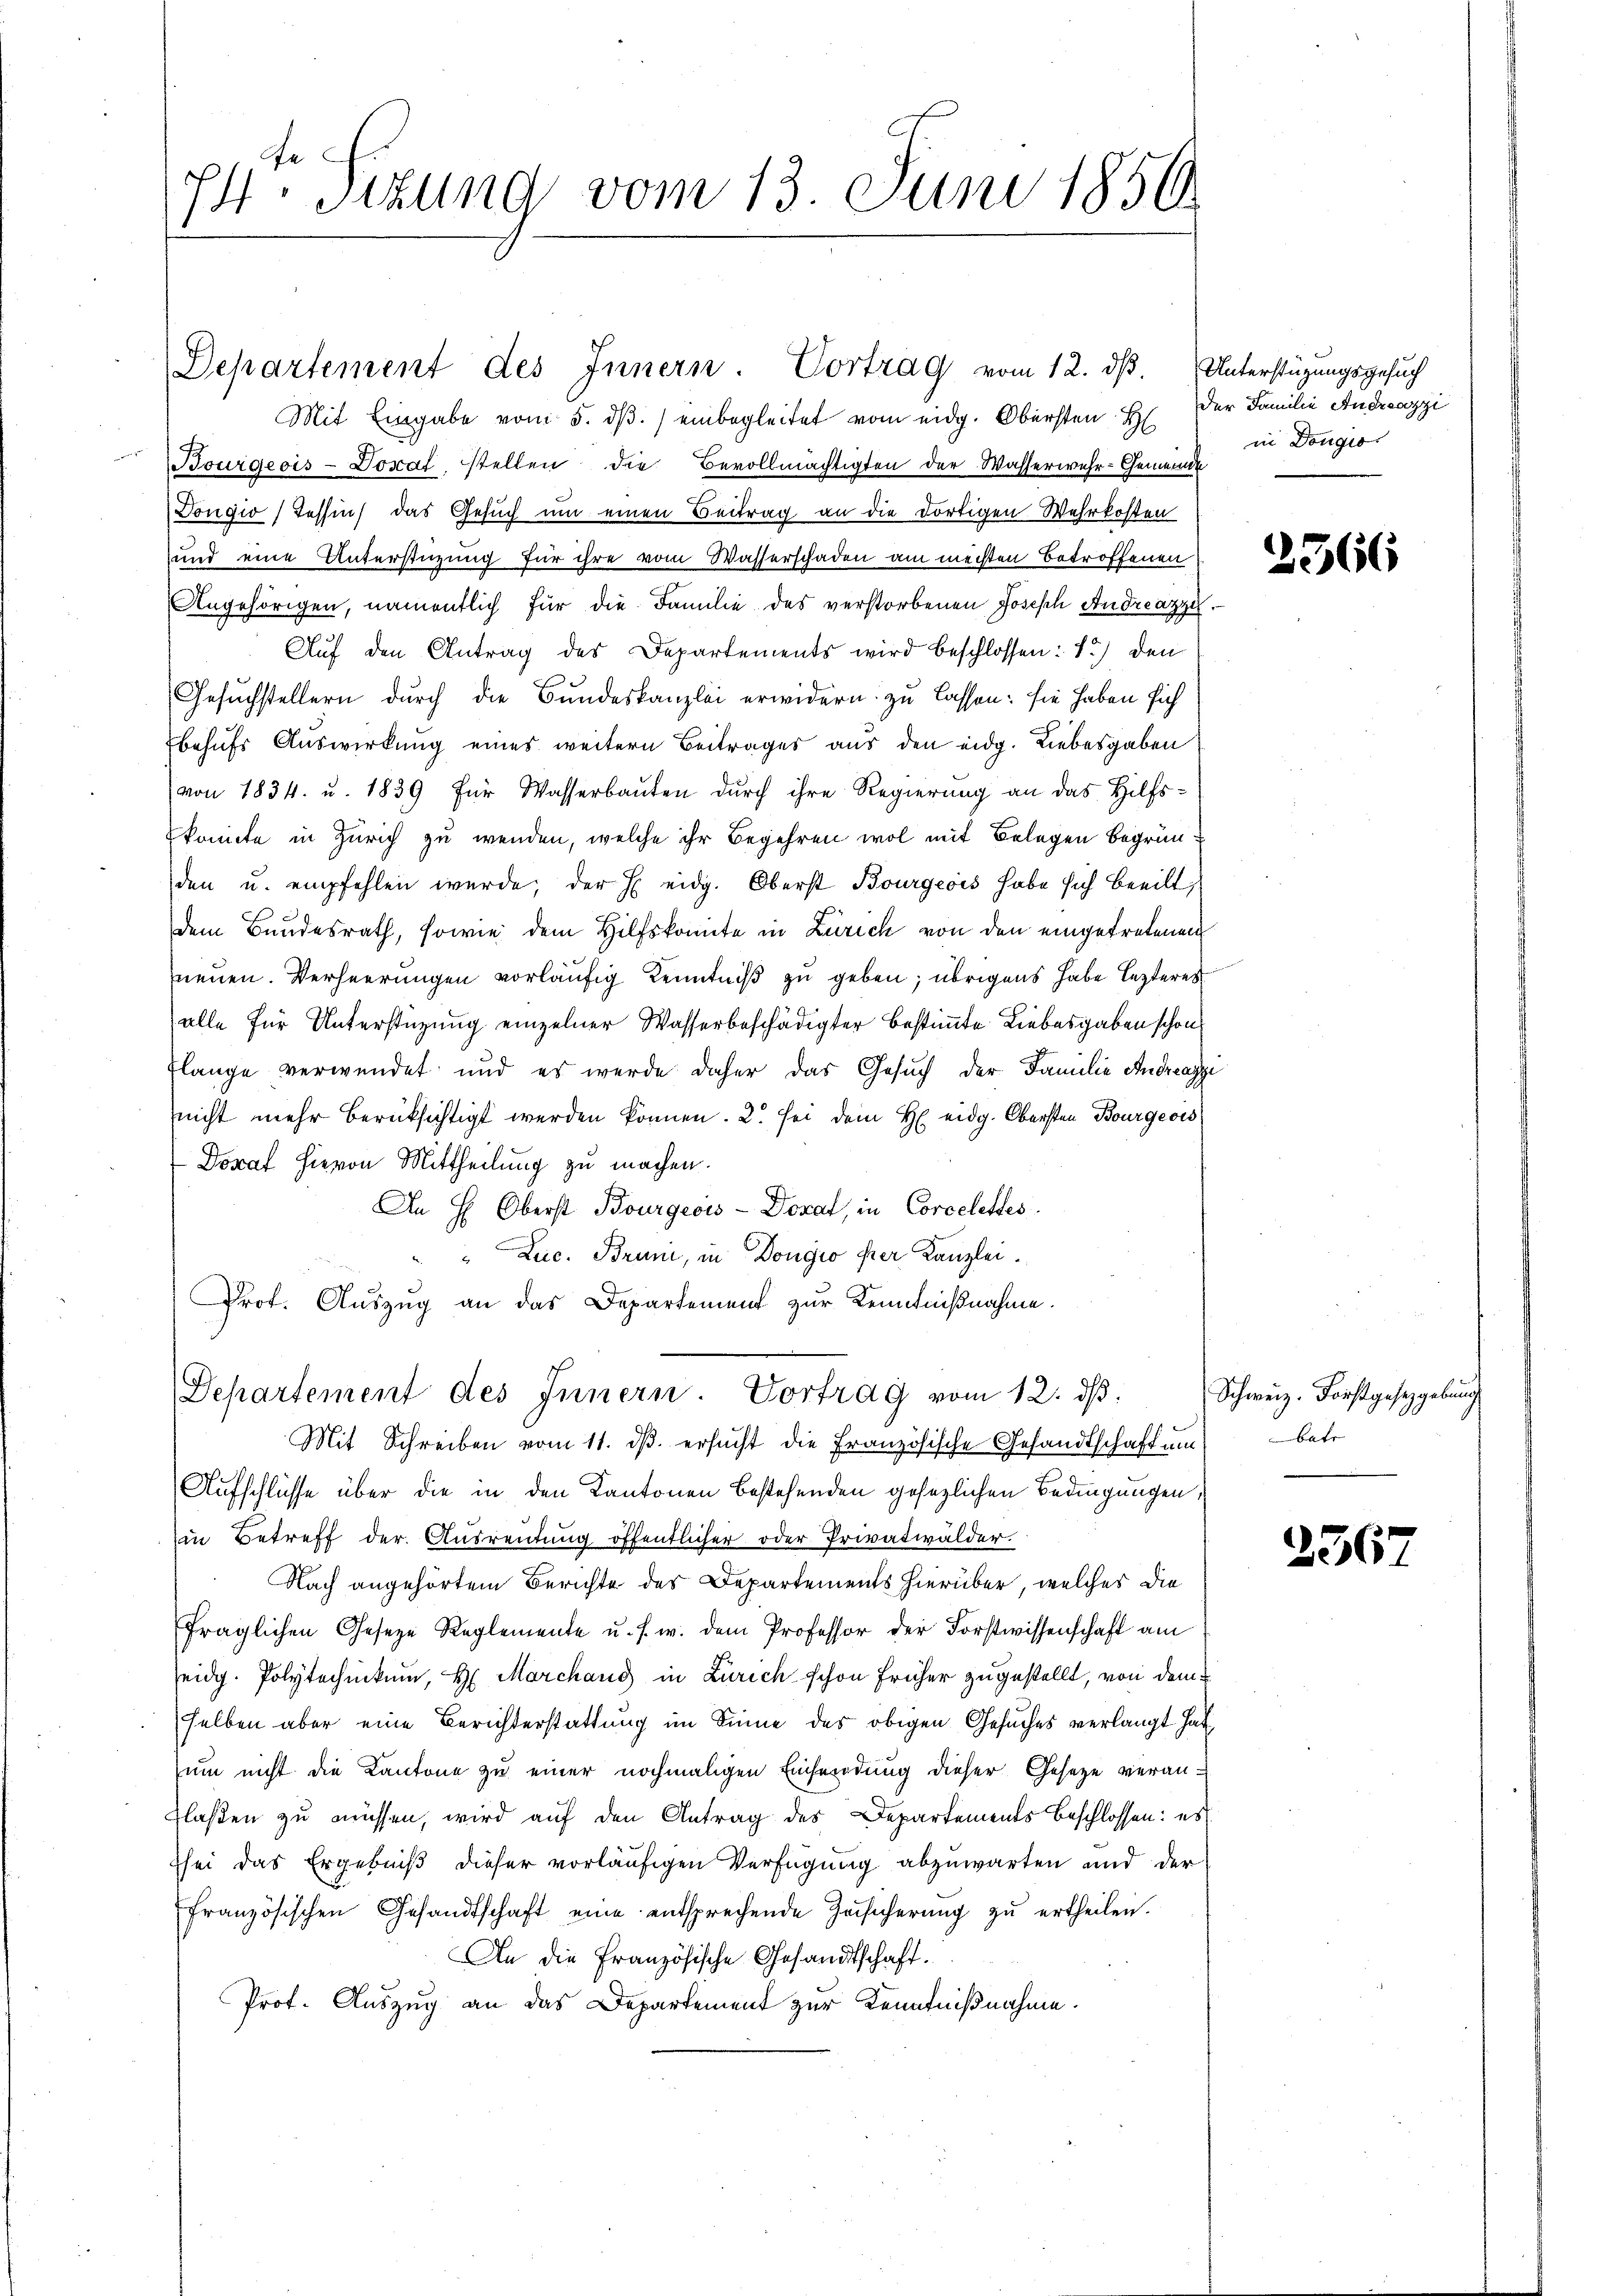
74. Sizung vom 13. Juni 1856.

Departement des Innern. Cortrag vom 12. dβ.
Mit Eingabe vom 5. dβ. / einbegleitet vom eidg. Obersten H
Bourgeois-Dozaf, stellen die Bevollmächtigten der Wasserwehr-Gemeinde
Tougio (Tessin, das Gesuch um einen Beitrag an die dortigen Wehrkosten
und eine Unterstüzung für ihre vom Wasserschaden am mechten Betroffenen
Angehörigen, namentlich für die Familie des verstorbenen Joseph Andreazzi
Auf den Antrag des Departements wird beschlossen: 1) den
Gesuchstellern durch die Bundeskanzlei erwidern zu lassen: sie haben sich
behufs Auswirkung eines weitern Beitrages aus den eidg. Liebesgaben
von 1834. u. 1839 für Wasserbauten durch ihre Regierung an das Hilfskonnte in Zürich zu wenden, welche ihr Begehren wol mit Belegen Begründen u. empfehlen wurde, der h. eidg. Oberst Bourgeois habe sich beeilt,
dem Bundesrath, sowie dem Hilfskonte in Zürich von den eingetretenen
neuen. Verheerungen vorläufig Kenntniß zu geben; übrigens habe lezteres
alle für Unterstüzung einzelner Wasserbeschädigter bestimmte Liebesgaben schon
Flange verwendet und es werde daher das Gesuch der Familie Andreazzi
nicht mehr berücksichtigt werden können. 2. sei dem H eidg. Obersten Bourgeois
Dorat hievon Mittheilung zu machen.
An H: Oberst Bourgeois - Dorat, in Corcelettes
"Luc. Bruni, in Dougio per Kanzlei.
Prof. Auszug an das Departement zur Kenntnißnahme.
Departement des Innern. Vortrag vom 12. dβ.
Mit Schreiben vom 11. ds. ersucht die Französische Gesandtschaft um
Aufschlüsse über die in den Kantonen bestehenden gesezlichen Bedingungen,
in Betreff der Ausreitung öffentlicher oder Privatwälder.
Nach angehörtem Berichte des Departements hierüber, welches die
fraglichen Geseze Reglemente u. s. w. dem Professor der Forstwissenschaft am
seidg. Polytechnikum, H. Marchang in Zürich schon früher zugestellt, von dem
selben aber eine Berichterstattung im Sinne des obigen Gesuches verlangt hat,
um nicht die Kantone zu einer nochmaligen Einsendung dieser Gesetze veran-
flaßen zu müssen, wird auf den Antrag des Departements Beschlossen: es
hei das Ergebniß dieser vorläufigen Verfügung abzuwarten und der
französischen Gesandtschaft eine entsprechende Zŭsicherŭng zŭ ertheilen.
An die Französische Gesandtschaft.
Prof. Auszug an das Departement zur Kenntnißnahme.

Unterstützungsgesuch
der Familie Andreazzi
in Dougio

2566

Schweiz. Forstgesetzgebung
batr

2367